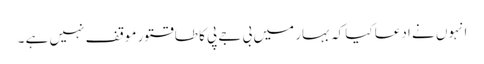
انہوں نے ادعا کیا کہ بہار میں بی جے پی کا طاقتور موقف نہیں ہے ۔